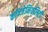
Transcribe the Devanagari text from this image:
कॉन्जेनियलिटी